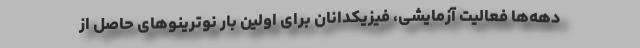
دهه‌ها فعالیت آزمایشی، فیزیکدانان برای اولین بار نوترینوهای حاصل از